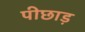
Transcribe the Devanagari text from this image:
पीछाड़